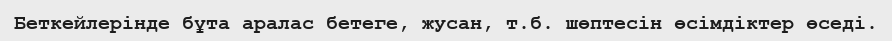
Беткейлерінде бұта аралас бетеге, жусан, т.б. шөптесін өсімдіктер өседі.